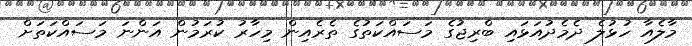
މާލެއާ ހުޅުލެ ދެމެދުއަޅައި ބްރިޖުގެ މަސައްކަތުގެ ތެރެއިން މިހާރު ކުރަމުން އަންނަ މަސައްކަތަށް